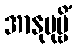
အာနုပုဗ္ဗိံ